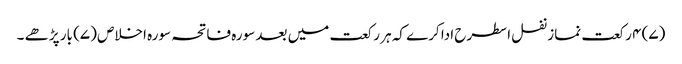
(۷) ۴ رکعت نماز نفل اسطرح ادا کرے کہ ہر رکعت میں بعد سورہ فاتحہ سورہ اخلاص (۷) بار پڑھے ۔